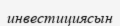
инвестициясын